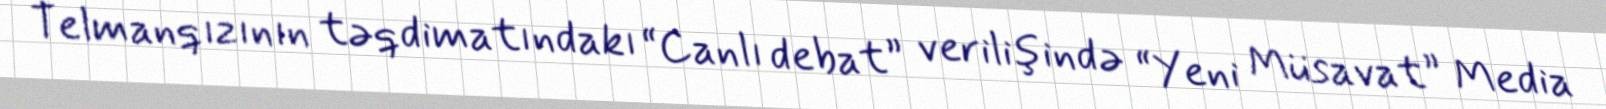
Telmanqızının təqdimatındakı “Canlı debat” verilişində “Yeni Müsavat” Media